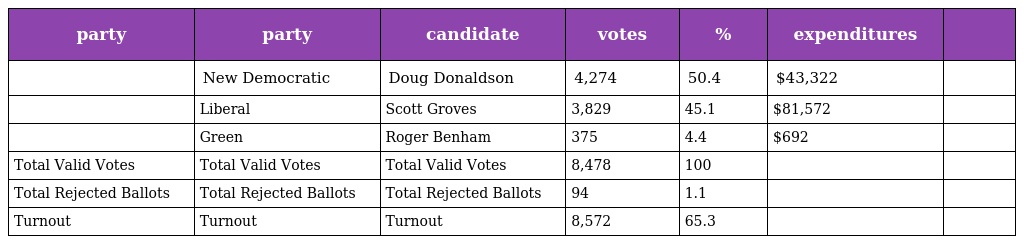
| party | party | candidate | votes | % | expenditures |  |
 | --- | --- | --- | --- | --- | --- | --- |
 |  | New Democratic | Doug Donaldson | 4,274 | 50.4 | $43,322 |  |
 |  | Liberal | Scott Groves | 3,829 | 45.1 | $81,572 |  |
 |  | Green | Roger Benham | 375 | 4.4 | $692 |  |
 | Total Valid Votes | Total Valid Votes | Total Valid Votes | 8,478 | 100 |  |  |
 | Total Rejected Ballots | Total Rejected Ballots | Total Rejected Ballots | 94 | 1.1 |  |  |
 | Turnout | Turnout | Turnout | 8,572 | 65.3 |  |  |